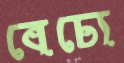
বেচ্যে